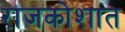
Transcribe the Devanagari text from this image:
राजकोशात